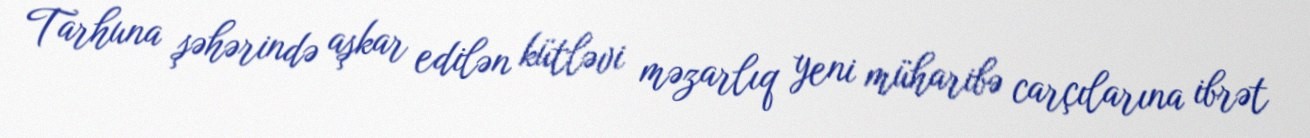
Tarhuna şəhərində aşkar edilən kütləvi məzarlıq yeni müharibə carçılarına ibrət